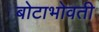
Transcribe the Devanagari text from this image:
बोटाभोवती